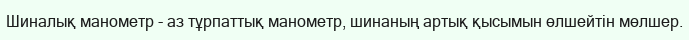
Шиналық манометр - аз тұрпаттық манометр, шинаның артық қысымын өлшейтін мөлшер.